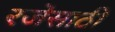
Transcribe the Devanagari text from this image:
रजेसाठी